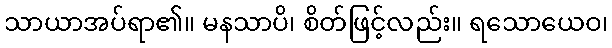
သာယာအပ်ရာ၏။ မနသာပိ၊ စိတ်ဖြင့်လည်း။ ရသောယေဝ၊